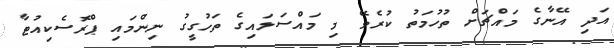
އަދި އޭނާގެ މައްޗަށް ތުހުމަތު ކުރެވޭ މި މައްސަލައިގެ ތަހުގީގު ނިންމައި ޕްރޮސެކިއުޓާ